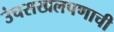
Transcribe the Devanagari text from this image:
उंचसखलपणाची